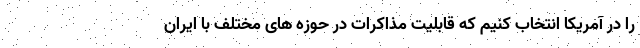
را در آمریکا انتخاب کنیم که قابلیت مذاکرات در حوزه های مختلف با ایران